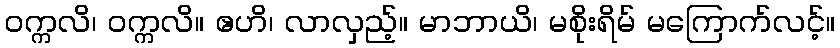
ဝက္ကလိ၊ ဝက္ကလိ။ ဧဟိ၊ လာလှည့်။ မာဘာယိ၊ မစိုးရိမ် မကြောက်လင့်။